Lock hospitals Punjab
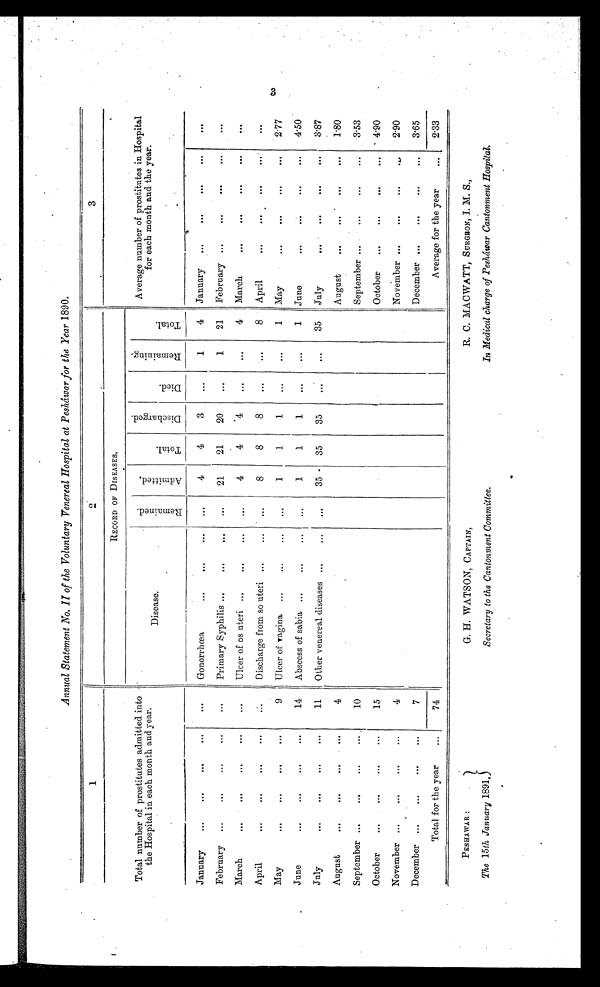
PESHAWAR :
The 15th January 1891.
G. H. WATSON, CAPTAIN,
Secretary to the Cantonment Committee.
R. C. MACWATT, SURGDON, I. M. S.,
In Medical charge of Pesháwar Cantonment Hospital.
Annual Statement No. II of the Voluntary Venereal Hospital at Peshawar for the Year 1890.
1
2
3
Total number of prostitutes admitted into
the Hospital in each month and year.
RECORD OF DISEASES,
Disease.
_
R e m a i n e d .
A d m i t t e d .
T o t t a l .
D i s c h a r g e d .
D i e d .
R e m a i n i n g .
T o t a l .
Average number of prostitutes in Hospital
for each month and the year.
January
. . .
. . .
. . .
...
. . .
Gonorrhœa
...
. . .
. . .
. . .
4
4
3
...
1
4
January
...
. . .
. . .
. . .
. . .
February
...
. . .
•••
. . .
. . .
Primary Syphilis ...
. . .
. . .
•••
21
21
20
...
1
21
February ...
. . .
. . .
. . .
. . .
March
. . .
. . .
. . .
. . .
. . .
Ulcer of os uteri ..
. . .
...
. . .
4
4
4
. . .
•••
4
March
. . .
. . .
. . .
...
. . .
April
. . .
. . .
. . .
. . .
. . .
Discharge from so uteri
. . .
. . .
. . .
8
8
8
...
8
April
. . .
...
. . .
. . .
...
May
. . .
. . .
. . .
. . .
9
Ulcer of Vagina
...
. . .
...
1
1
1
...
...
1
May
. . .
. . .
. . .
. . .
2.77
June
. . .
. . .
. . .
. . .
14
Abscess of sabia ...
...
. . .
. . .
1
1
1
...
. . .
1
June
. . .
...
. . .
. . .
4.50
July
...
. . .
. . .
. . .
11
Other venereal diseases
. . .
...
...
35
85
35
...
. . .
35
J u l y . . .
. . .
. . .
. . .
3.87
August
. . .
. . .
. . .
. . .
4
August
. . .
0
...
. . .
. . .
1 . 8 7
September ...
. . .
. . .
...
10
September ...
. . .
. . .
...
3.53
October
. . .
...
...
...
15
October
...
. . .
. . .
. . .
4.90
November ...
...
. . .
...
4
November ...
...
. . .
. . .
2.90
December ...
. . .
...
. . .
7
December ...
...
...
. . .
3.65
Total for the year... •••
7 4
Average for the year
2.33
3